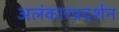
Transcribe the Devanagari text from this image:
अलंकारप्रदर्शन